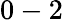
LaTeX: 0-2